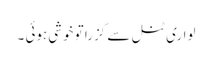
لواری ٹنل سے گزرا تو خوشی ہوئی ۔